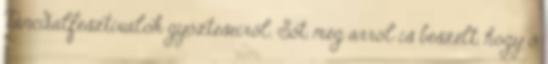
Táncdalfesztiválok győzteseiről. Sőt, még arról is beszélt, hogy ő